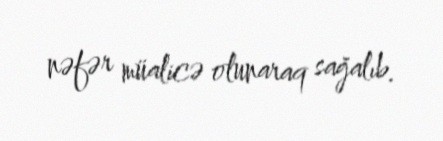
nəfər müalicə olunaraq sağalıb.